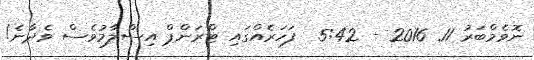
ނޮވެމްބަރު 11